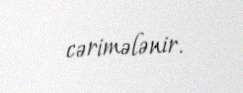
cərimələnir.